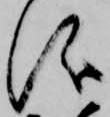
儀